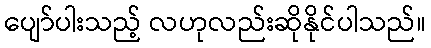
ပျော်ပါးသည့် လဟုလည်းဆိုနိုင်ပါသည်။